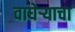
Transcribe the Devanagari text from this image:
वाघेऱ्याचा